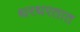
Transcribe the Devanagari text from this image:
थरथरतात